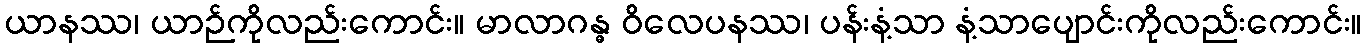
ယာနဿ၊ ယာဉ်ကိုလည်းကောင်း။ မာလာဂန္ဓ ဝိလေပနဿ၊ ပန်းနံ့သာ နံ့သာပျောင်းကိုလည်းကောင်း။